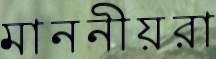
মাননীয়রা